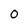
Character: 0